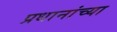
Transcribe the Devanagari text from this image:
प्रधानांच्या